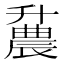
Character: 𫧪